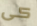
كى